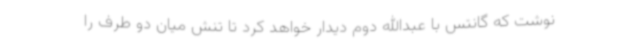
نوشت که گانتس با عبدالله دوم دیدار خواهد کرد تا تنش‌ میان دو طرف را